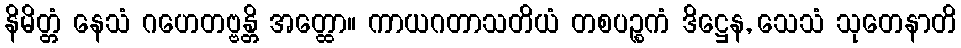
နိမိတ္တံ နေသံ ဂဟေတဗ္ဗန္တိ အတ္ထော။ ကာယဂတာသတိယံ တစပဉ္စကံ ဒိဋ္ဌေန, သေသံ သုတေနာတိ